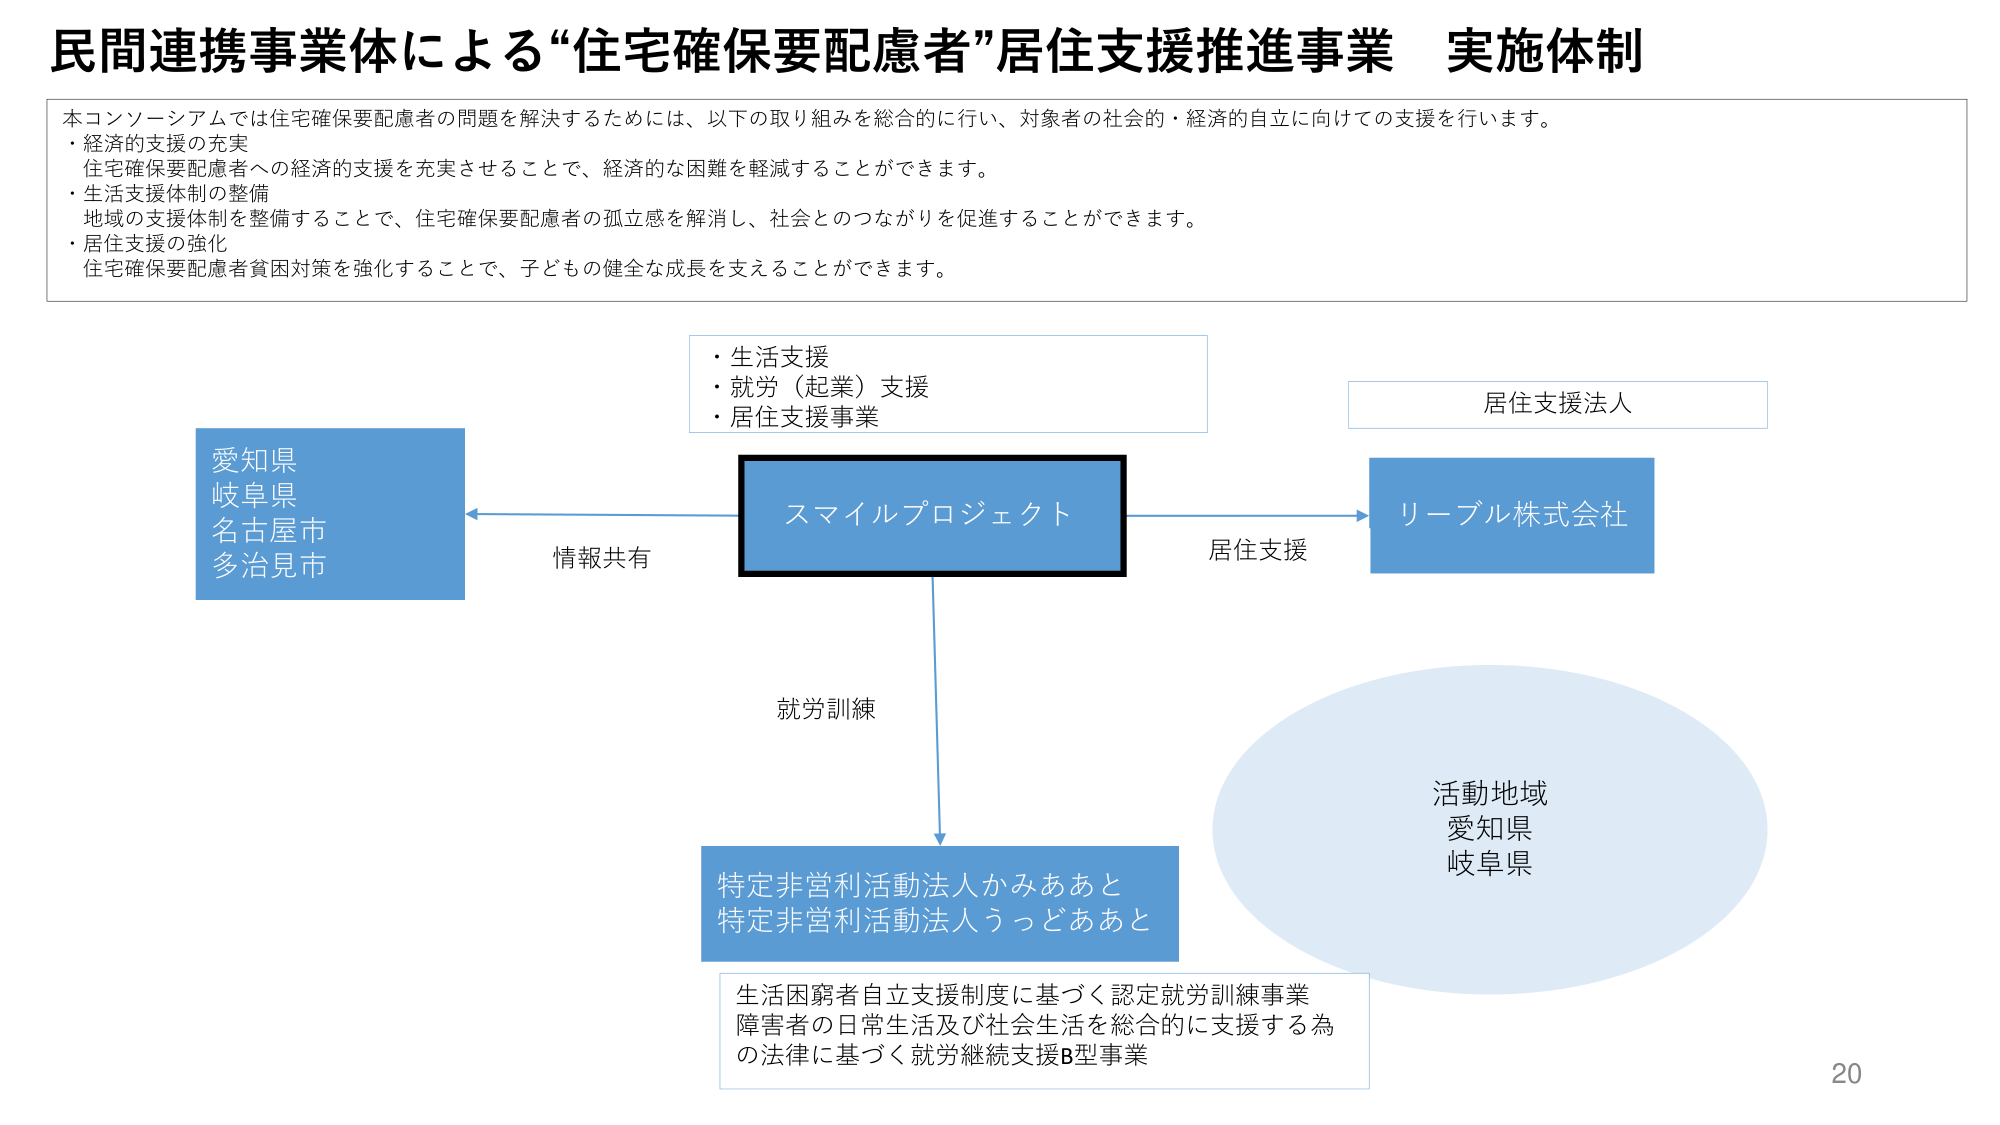
民間連携事業体による“住宅確保要配慮者”居住支援推進事業 実施体制

本コンソーシアムでは住宅確保要配慮者の問題を解決するためには、以下の取り組みを総合的に行い、対象者の社会的・経済的自立に向けての支援を行います。
・経済的支援の充実
住宅確保要配慮者への経済的支援を充実させることで、経済的な困難を軽減することができます。
・生活支援体制の整備
地域の支援体制を整備することで、住宅確保要配慮者の孤立感を解消し、社会とのつながりを促進することができます。
・居住支援の強化
住宅確保要配慮者貧困対策を強化することで、子どもの健全な成長を支えることができます。

・生活支援
・就労（起業）支援
・居住支援事業

愛知県
岐阜県
名古屋市
多治見市

情報共有

スマイルプロジェクト

居住支援

居住支援法人

リーブル株式会社

就労訓練

特定非営利活動法人かみああと
特定非営利活動法人うっとああと

生活困窮者自立支援制度に基づく認定就労訓練事業
障害者の日常生活及び社会生活を総合的に支援する為
の法律に基づく就労継続支援B型事業

活動地域
愛知県
岐阜県

20